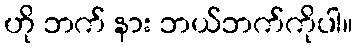
ဟို ဘက် နား ဘယ်ဘက်ကိုပါ။